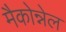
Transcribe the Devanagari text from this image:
मैकोन्नेल